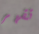
تقهر